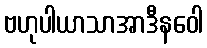
ဗဟုပါယာသာအာဒီနဝေါ